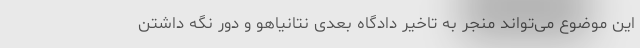
این موضوع می‌تواند منجر به تاخیر دادگاه بعدی نتانیاهو و دور نگه داشتن